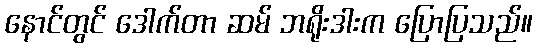
နောင်တွင် ဒေါက်တာ ဆမ် ဘရိုးဒါးက ပြောပြသည်။